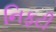
નિફટી